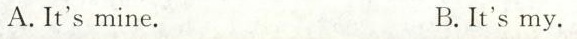
A.It'smine. B.It'smy.